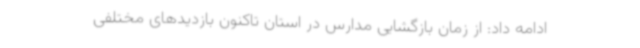
ادامه داد: از زمان بازگشایی مدارس در استان تاکنون بازدیدهای مختلفی